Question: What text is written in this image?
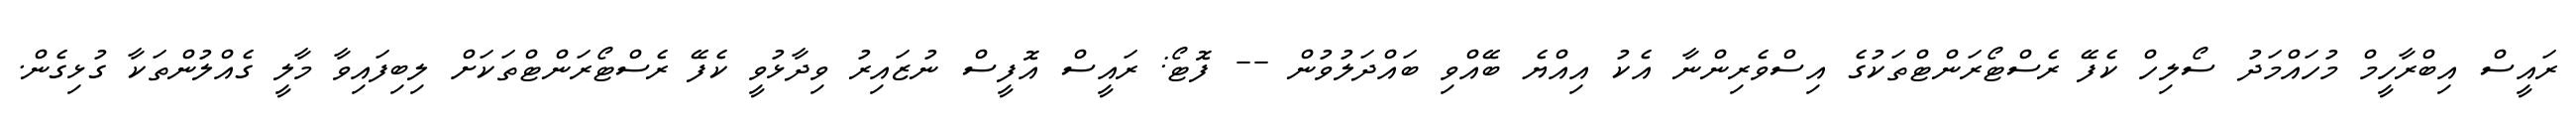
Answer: ރައީސް އިބްރާހީމް މުހައްމަދު ސޯލިހް ކެފޭ ރެސްޓޯރަންޓްތަކުގެ އިސްވެރިންނާ އެކު އިއްޔެ ބޭއްވި ބައްދަލުވުން -- ފޮޓޯ: ރައީސް އޮފީސް ނުޒައިރު ވިދާޅުވީ ކެފޭ ރެސްޓޯރަންޓްތަކަށް ލިބިފައިވާ މާލީ ގެއްލުންތަކާ ގުޅިގެން.